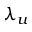
\lambda _ { u }